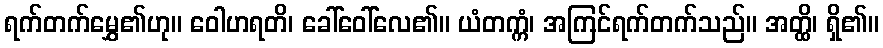
ရက်တက်မွှေ၏ဟု။ ဝေါဟရတိ၊ ခေါ်ဝေါ်လေ၏။ ယံတက္ကံ၊ အကြင်ရက်တက်သည်။ အတ္ထိ၊ ရှိ၏။